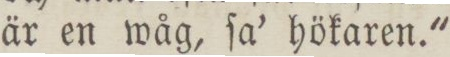
är en wåg, ſa’ hökaren.'